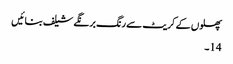
پھلوں کے کریٹ سے رنگ برنگے شیلف بنائیں
14۔